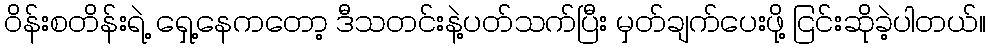
ဝိန်းစတိန်းရဲ့ ရှေ့နေကတော့ ဒီသတင်းနဲ့ပတ်သက်ပြီး မှတ်ချက်ပေးဖို့ ငြင်းဆိုခဲ့ပါတယ်။